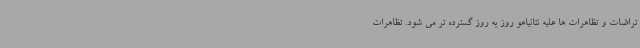
تراضات و تظاهرات ها علیه نتانیاهو روز به روز گسترده تر می شود. تظاهرات